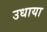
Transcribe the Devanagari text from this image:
उधाया